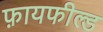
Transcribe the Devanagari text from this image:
फ़ायफील्ड